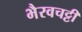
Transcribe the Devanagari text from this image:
भैरवचट्टी